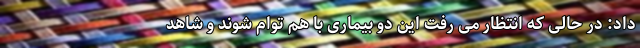
داد: در حالی که انتظار می رفت این دو بیماری با هم توام شوند و شاهد